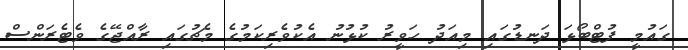
ގައުމީ ފުޓްބޯޅަ ދަނޑުގައި މިއަދު ހަވީރު ކުޅުނު އެކުވެރިކަމުގެ މެޗުގައި ރާއްޖޭގެ ވެޓެރަންސް